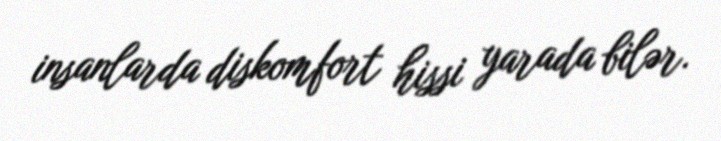
insanlarda diskomfort hissi yarada bilər.